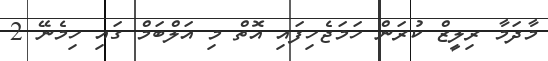
މާދަމާ ރިލީޒް ކުރަން ހަމަޖެހިފައި އޮތް މި އަލްބަމް ގައި ހިމެނޭ 2